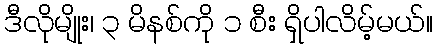
ဒီလိုမျိုး၊ ၃ မိနစ်ကို ၁ စီး ရှိပါလိမ့်မယ်။